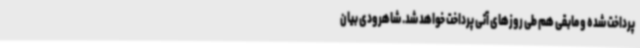
پرداخت شده و مابقی هم طی روزهای آتی پرداخت خواهد شد. شاهرودی بیان